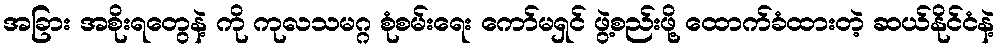
အခြား အစိုးရတွေနဲ့ ကို ကုလသမဂ္ဂ စုံစမ်းရေး ကော်မရှင် ဖွဲ့စည်းဖို့ ထောက်ခံထားတဲ့ ဆယ်နိုင်ငံနဲ့